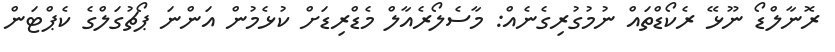
ރޮނާލްޑޯ ނޫޅޭ ރެކޯޑްތައް ނުމުގުރިގެނެއް: މާސެލޯރެއާލް މެޑްރިޑަށް ކުޅެމުން އަންނަ ޕޯޗުގަލްގެ ކެޕްޓަން